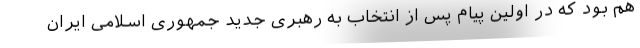
هم بود که در اولین پیام پس از انتخاب به رهبری جدید جمهوری اسلامی ایران